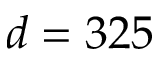
d = 3 2 5